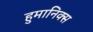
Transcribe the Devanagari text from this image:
हुमानिक्स